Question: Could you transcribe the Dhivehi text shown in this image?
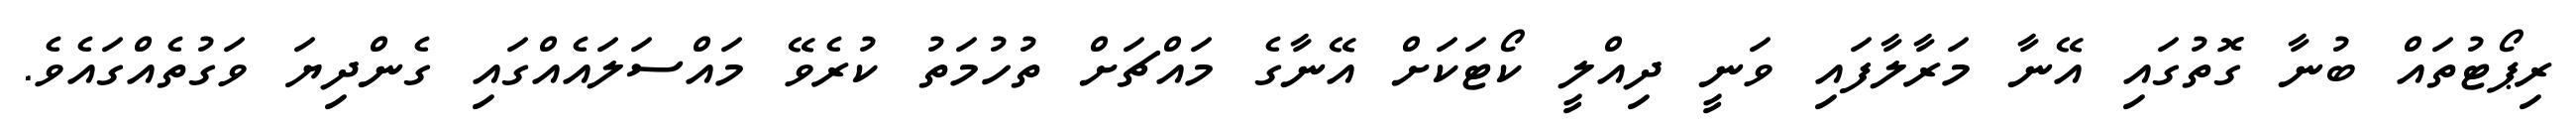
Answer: ރިޕޯޓުތައް ބުނާ ގޮތުގައި އޭނާ މަރާލާފައި ވަނީ ދިއްލީ ކޯޓަކަށް އޭނާގެ މައްޗަށް ތުހުމަތު ކުރެވޭ މައްސަލައެއްގައި ގެންދިޔަ ވަގުތެއްގައެވެ.